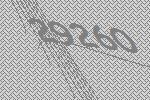
29260